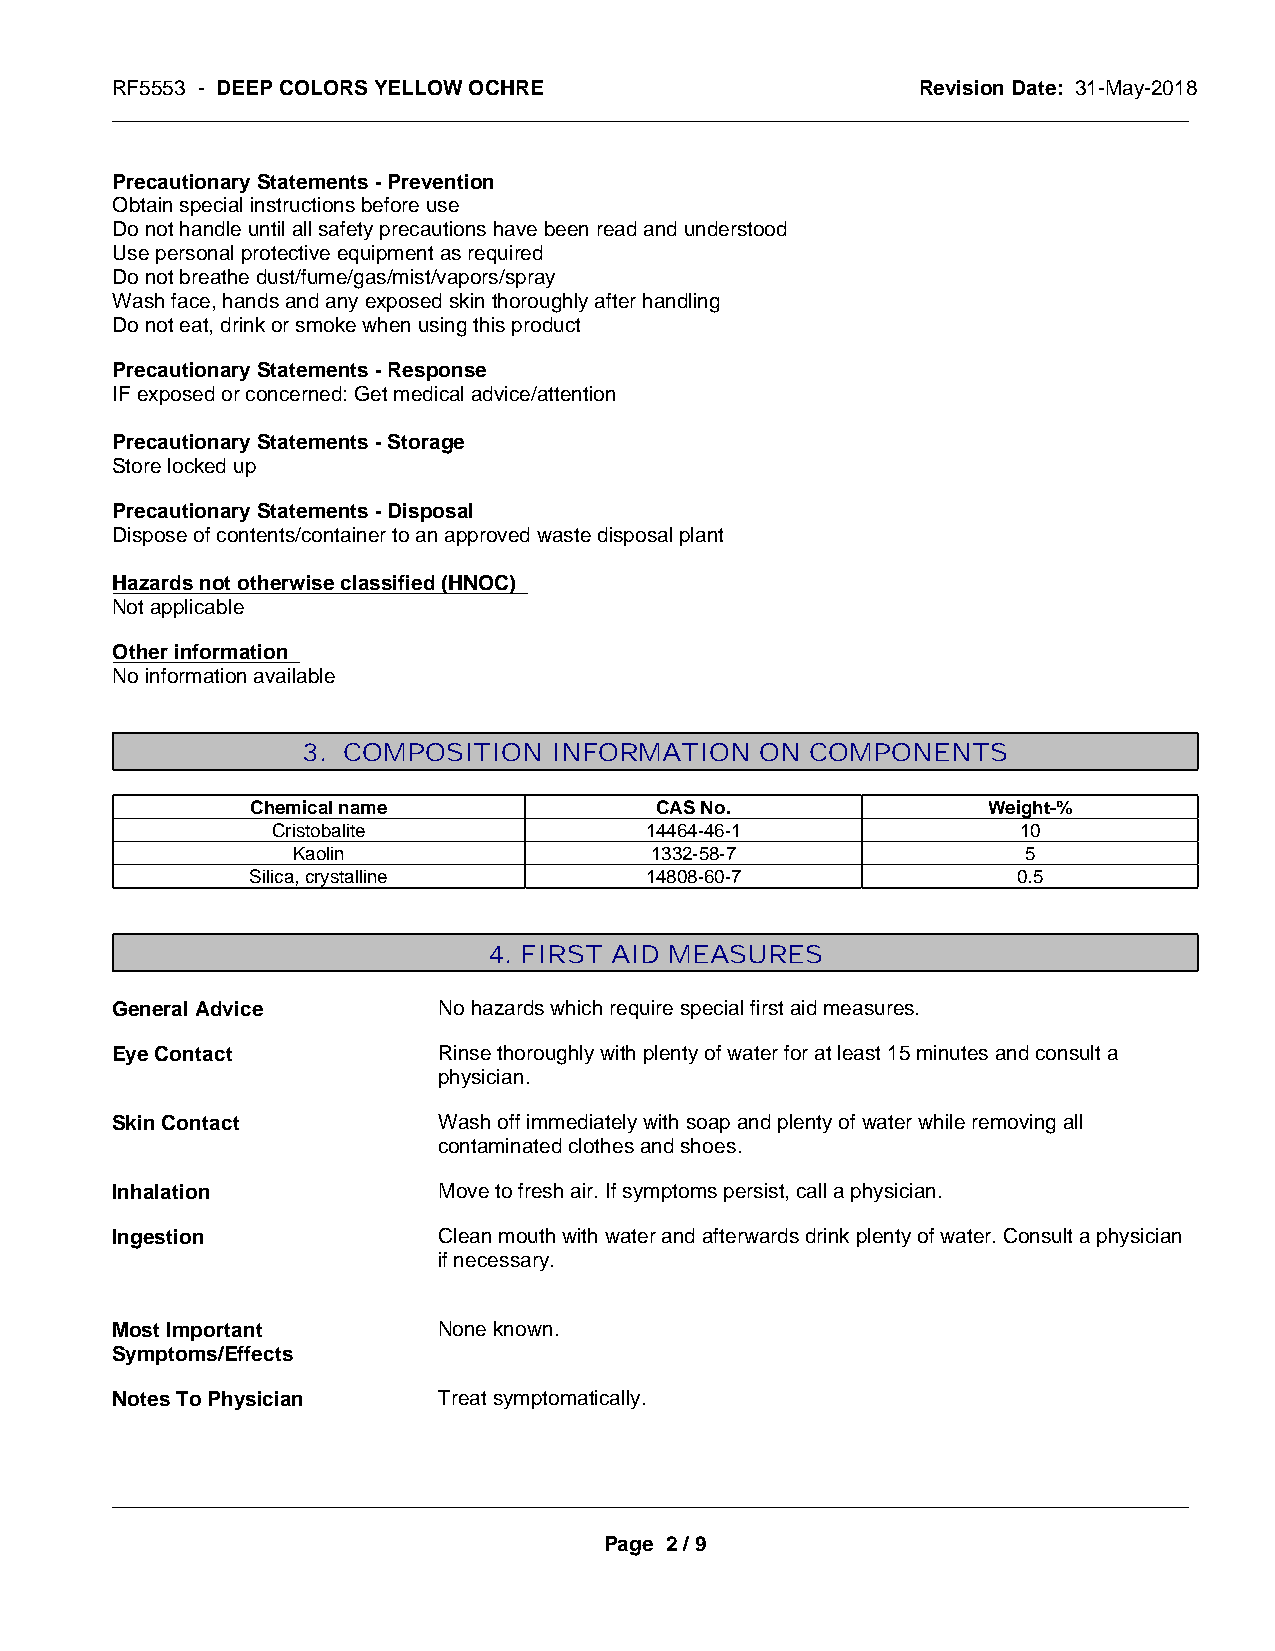
RF5553 - DEEP COLORS YELLOW OCHRE                     Revision Date: 31-May-2018
 _____________________________________________________________________________________________
 Precautionary Statements - Prevention
 Obtain special instructions before use
 Do not handle until all safety precautions have been read and understood
 Use personal protective equipment as required
 Do not breathe dust/fume/gas/mist/vapors/spray
 Wash face, hands and any exposed skin thoroughly after handling
 Do not eat, drink or smoke when using this product
 Precautionary Statements - Response
 IF exposed or concerned: Get medical advice/attention
 Precautionary Statements - Storage
 Store locked up
 Precautionary Statements - Disposal
 Dispose of contents/container to an approved waste disposal plant
 Hazards not otherwise classified (HNOC)
 Not applicable
 Other information
 No information available
 3. COMPOSITION   INFORMATION  ON  COMPONENTS
 Chemical name             CAS No.               Weight-%
 Cristobalite             14464-46-1               10
 Kaolin                  1332-58-7                5
 Silica, crystalline       14808-60-7              0.5
 4. FIRST AID MEASURES
 General Advice        No hazards which require special first aid measures.
 Eye Contact           Rinse thoroughly with plenty of water for at least 15 minutes and consult a
 physician.
 Skin Contact          Wash off immediately with soap and plenty of water while removing all
 contaminated clothes and shoes.
 Inhalation            Move to fresh air. If symptoms persist, call a physician.
 Ingestion             Clean mouth with water and afterwards drink plenty of water. Consult a physician
 if necessary.
 Most Important        None known.
 Symptoms/Effects
 Notes To Physician    Treat symptomatically.
 _____________________________________________________________________________________________
 Page 2 / 9